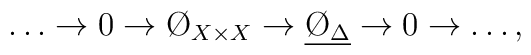
\ldots\to0\to\O_{X\times X} \to \underline{\O_\Delta}\to 0\to\ldots,